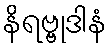
နိရဗ္ဗုဒါနံ